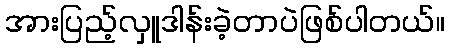
အားပြည့်လှူဒါန်းခဲ့တာပဲဖြစ်ပါတယ်။